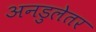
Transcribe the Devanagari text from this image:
अनडुलेतर